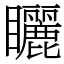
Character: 矖